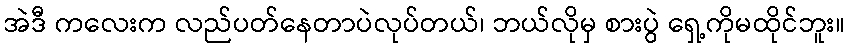
အဲဒီ ကလေးက လည်ပတ်နေတာပဲလုပ်တယ်၊ ဘယ်လိုမှ စားပွဲ ရှေ့ကိုမထိုင်ဘူး။